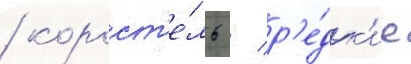
/ корост'е́ль / р'е́дк'ие